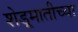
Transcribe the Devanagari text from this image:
शेडूमातीच्या